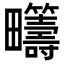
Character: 𤴆